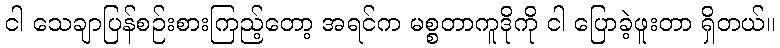
ငါ သေချာပြန်စဉ်းစားကြည့်တော့ အရင်က မစ္စတာကူဒိုကို ငါ ပြောခဲ့ဖူးတာ ရှိတယ်။